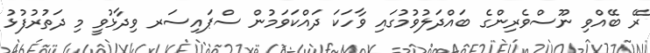
ރޭ ބޭއްވި ނޫސްވެރިންގެ ބައްދަލުވުމުގައި ވާހަކަ ދައްކަވަމުން ސްޕައިސަރ ވިދާޅުވީ މި ދަތުރުފުޅު